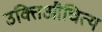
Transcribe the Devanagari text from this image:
उक्तिऔचित्य